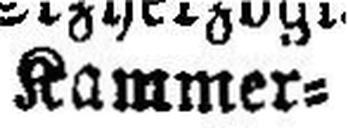
Kammer¬